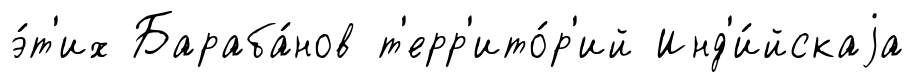
э́т'их Бараба́нов т'ерр'ито́р'ий Инд'и́йскаjа